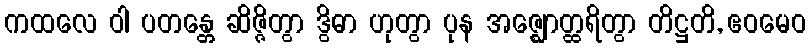
ကထလေ ဝါ ပတန္တေ ဆိဇ္ဇိတွာ ဒွိဓာ ဟုတွာ ပုန အဇ္ဈောတ္ထရိတွာ တိဋ္ဌတိ, ဧဝမေဝ